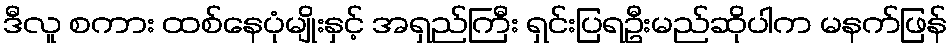
ဒီလူ စကား ထစ်နေပုံမျိုးနှင့် အရှည်ကြီး ရှင်းပြရဦးမည်ဆိုပါက မနက်ဖြန်